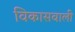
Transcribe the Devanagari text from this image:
विकासवाली